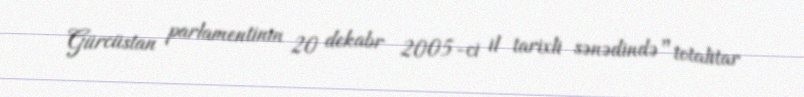
Gürcüstan parlamentinin 20 dekabr 2005-ci il tarixli sənədində "totalitar